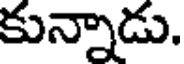
కున్నాడు.